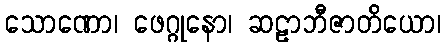
သောဏော၊ ဖေဂ္ဂုနော၊ ဆဠာဘီဇာတိယော၊